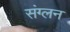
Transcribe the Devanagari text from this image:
संग्लन